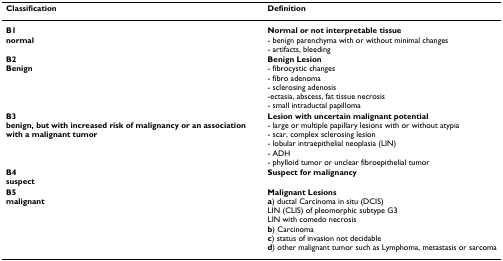
<table><thead><tr><td><b>Classification</b></td><td><b>Definition</b></td></tr></thead><tbody><tr><td><b>B1</b><b>normal</b></td><td><b>Normal or not interpretable tissue</b>- benign parenchyma with or without minimal changes- artifacts, bleeding</td></tr><tr><td><b>B2</b><b>Benign</b></td><td><b>Benign Lesion</b>- fibrocystic changes- fibro adenoma- sclerosing adenosis-ectasia, abscess, fat tissue necrosis- small intraductal papilloma</td></tr><tr><td><b>B3</b><b>benign, but with increased risk of malignancy or an association with a malignant tumor</b></td><td><b>Lesion with uncertain malignant potential</b>- large or multiple papillary lesions with or without atypia- scar, complex sclerosing lesion- lobular intraepithelial neoplasia (LIN)- ADH- phylloid tumor or unclear fibroepithelial tumor</td></tr><tr><td><b>B4</b><b>suspect</b></td><td><b>Suspect for malignancy</b></td></tr><tr><td><b>B5</b><b>malignant</b></td><td><b>Malignant Lesions</b><b>a</b>) ductal Carcinoma in situ (DCIS)LIN (CLIS) of pleomorphic subtype G3LIN with comedo necrosis<b>b</b>) Carcinoma<b>c</b>) status of invasion not decidable<b>d</b>) other malignant tumor such as Lymphoma, metastasis or sarcoma</td></tr></tbody></table>